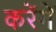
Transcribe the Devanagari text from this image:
करेंगेें